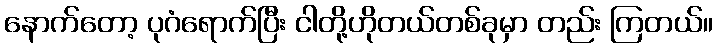
နောက်တော့ ပုဂံရောက်ပြီး ငါတို့ဟိုတယ်တစ်ခုမှာ တည်း ကြတယ်။